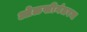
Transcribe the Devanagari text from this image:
ओळखीनंतरच